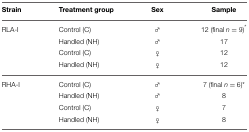
<table><thead><tr><td><b>Strain</b></td><td><b>Treatment group</b></td><td><b>Sex</b></td><td><b>Sample</b></td></tr></thead><tbody><tr><td>RLA-I</td><td>Control (C)</td><td>♂</td><td>12 (final <i>n</i> = 9<sup>*</sup></td></tr><tr><td></td><td>Handled (NH)</td><td>♂</td><td>17</td></tr><tr><td></td><td>Control (C)</td><td>♀</td><td>12</td></tr><tr><td></td><td>Handled (NH)</td><td>♀</td><td>12</td></tr><tr><td>RHA-I</td><td>Control (C)</td><td>♂</td><td>7 (final <i>n</i> = 6)<sup>*</sup></td></tr><tr><td></td><td>Handled (NH)</td><td>♂</td><td>8</td></tr><tr><td></td><td>Control (C)</td><td>♀</td><td>7</td></tr><tr><td></td><td>Handled (NH)</td><td>♀</td><td>8</td></tr></tbody></table>